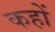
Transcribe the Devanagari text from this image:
कहों